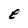
Character: e